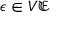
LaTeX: \epsilon \in V { \mathfrak { E } }